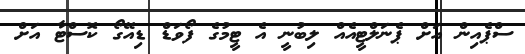
ސްޕެއިން އަށް ޕެނަލްޓީއެއް ލިބުނީ އެ ޓީމުގެ ފޯވަޑް ޑިއޭގޯ ކޮސްޓާ އަށް